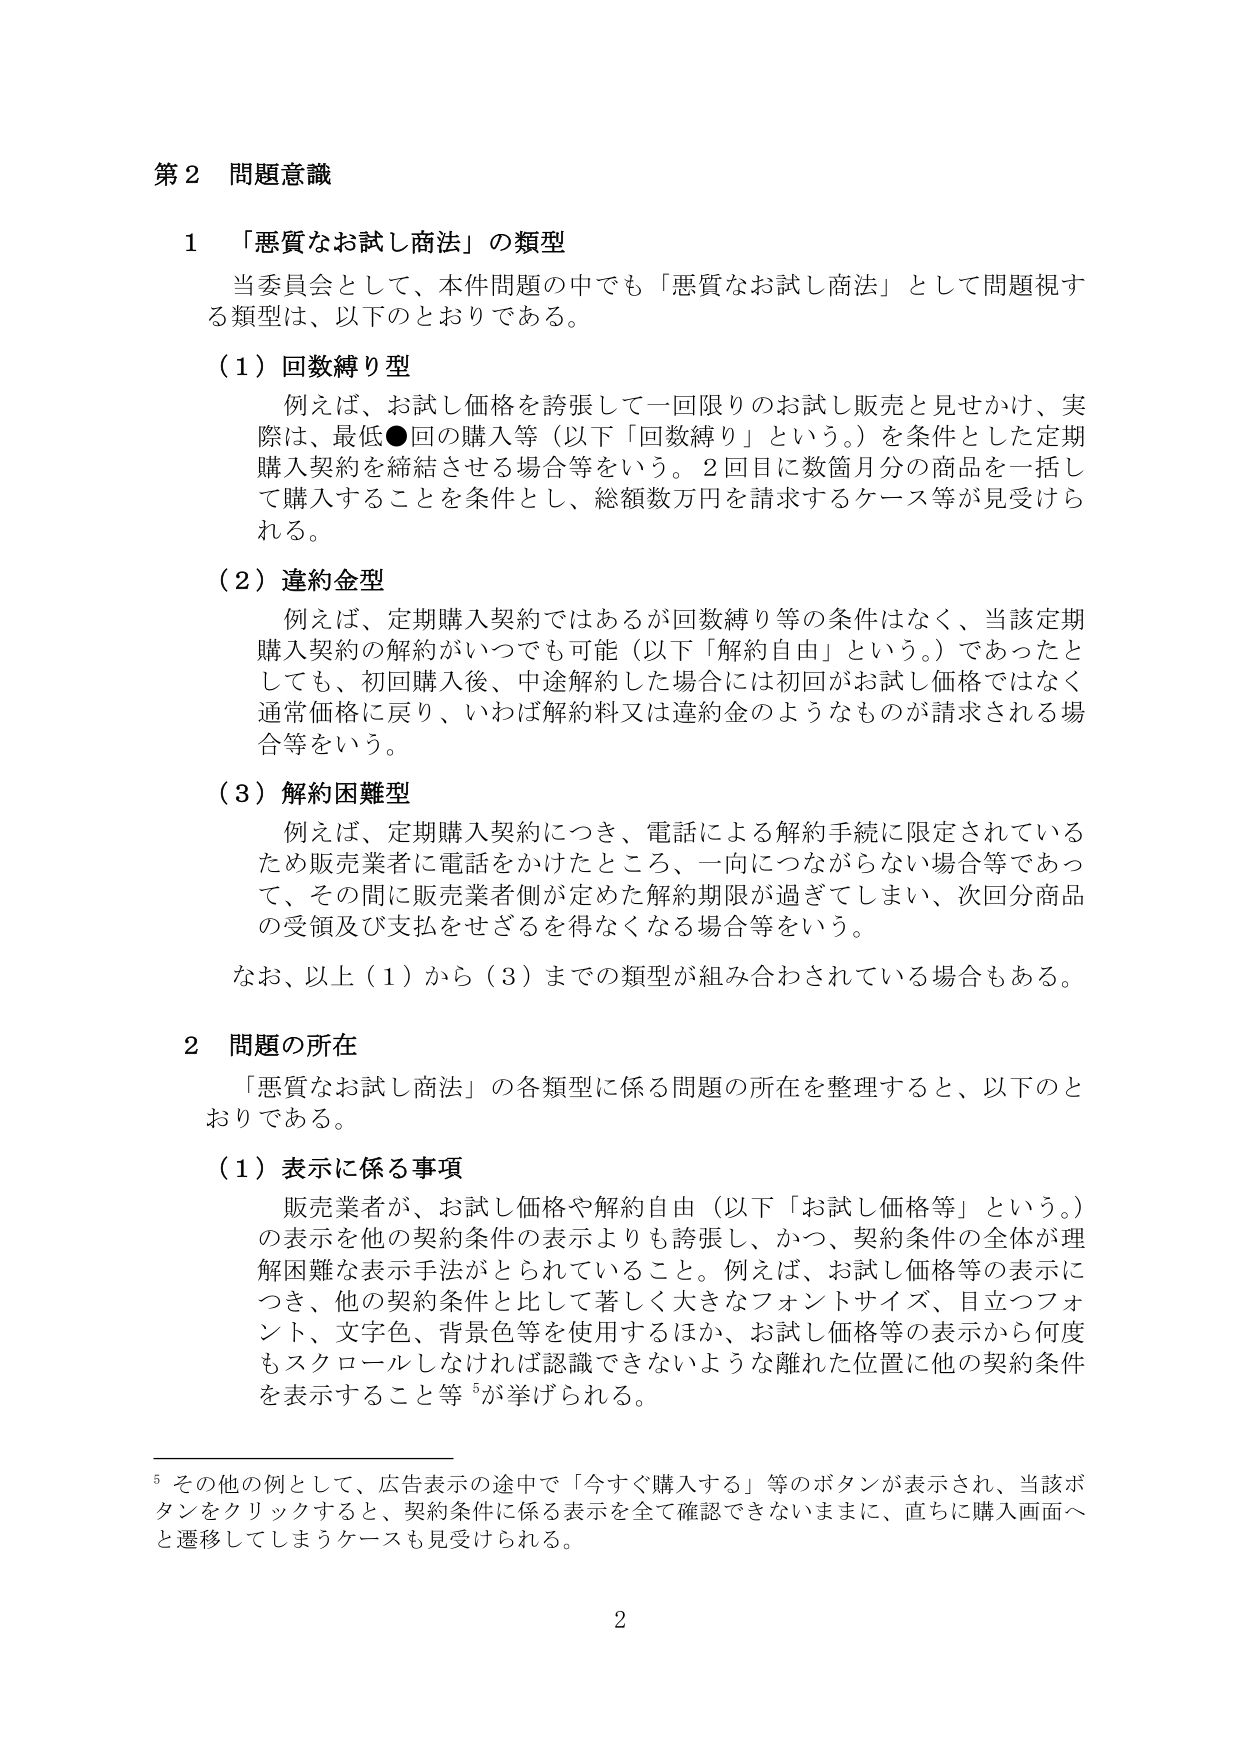
第２ 問題意識

１ 「悪質なお試し商法」の類型

当委員会として、本件問題の中でも「悪質なお試し商法」として問題視する類型は、以下のとおりである。

（１）回数縛り型

　例えば、お試し価格を誇張して一回限りのお試し販売と見せかけ、実際は、最低●回の購入等（以下「回数縛り」という。）を条件とした定期購入契約を締結させる場合等をいう。２回目に数箇月分の商品を一括して購入することを条件とし、総額数万円を請求するケース等が見受けられる。

（２）違約金型

　例えば、定期購入契約ではあるが回数縛り等の条件はなく、当該定期購入契約の解約がいつでも可能（以下「解約自由」という。）であったとしても、初回購入後、中途解約した場合には初回がお試し価格ではなく通常価格に戻り、いわば解約料又は違約金のようなものが請求される場合等をいう。

（３）解約困難型

　例えば、定期購入契約につき、電話による解約手続に限定されているため販売業者に電話をかけたところ、一向につながらない場合等であって、その間に販売業者側が定めた解約期限が過ぎてしまい、次回分商品の受領及び支払をせざるを得なくなる場合等をいう。

　なお、以上（１）から（３）までの類型が組み合わされている場合もある。

２ 問題の所在

　「悪質なお試し商法」の各類型に係る問題の所在を整理すると、以下のとおりである。

（１）表示に係る事項

　販売業者が、お試し価格や解約自由（以下「お試し価格等」という。）の表示を他の契約条件の表示よりも誇張し、かつ、契約条件の全体が理解困難な表示手法がとられていること。例えば、お試し価格等の表示につき、他の契約条件と比して著しく大きなフォントサイズ、目立つフォント、文字色、背景色等を使用するほか、お試し価格等の表示から何度でもスクロールしなければ認識できないような離れた位置に他の契約条件を表示すること等⁵が挙げられる。

⁵ その他の例として、広告表示の途中で「今すぐ購入する」等のボタンが表示され、当該ボタンをクリックすると、契約条件に係る表示を全て確認できないままに、直ちに購入画面へと遷移してしまうケースも見受けられる。

2